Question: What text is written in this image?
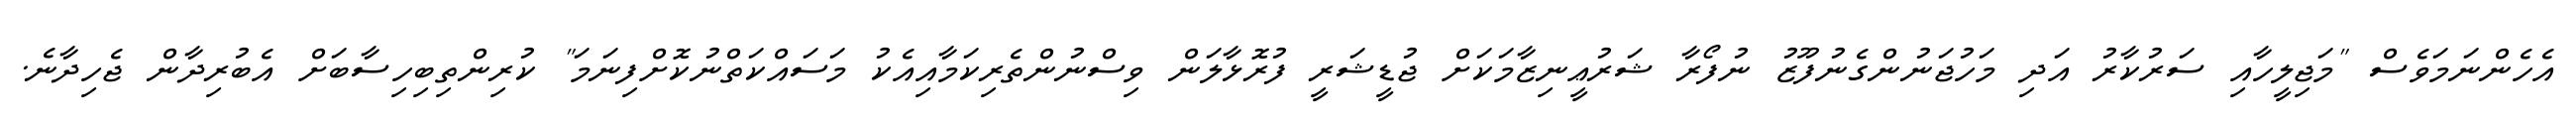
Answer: އެހެންނަމަވެސް "މަޖިލީހާއި ސަރުކާރު އަދި މަހުޖަނުންގެނުފޫޒު ނުފޯރާ ޝަރުޢީނިޒާމަކަށް ޖުޑީޝަރީ ފުރޮޅާލަން ވިސްނުންތެރިކަމާއިއެކު މަސައްކަތްނުކޮށްފިނަމަ" ކުރިންތިބިހިސާބަށް އެބުރިދާން ޖެހިދާނެ.